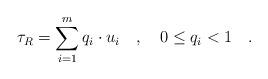
LaTeX: \begin{align*}\tau _R=\sum_{i=1}^mq_i\cdot u_i\quad ,\quad 0\le q_i<1\quad.\end{align*}